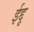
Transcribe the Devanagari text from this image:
ईद्दू